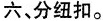
六、分纽扣。